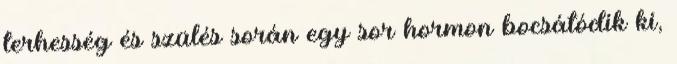
terhesség és szülés során egy sor hormon bocsátódik ki,